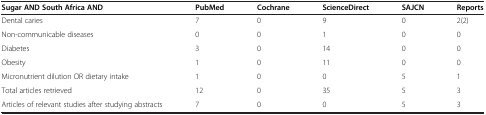
<table><thead><tr><td><b>Sugar AND South Africa AND</b></td><td><b>PubMed</b></td><td><b>Cochrane</b></td><td><b>ScienceDirect</b></td><td><b>SAJCN</b></td><td><b>Reports</b></td></tr></thead><tbody><tr><td>Dental caries</td><td>7</td><td>0</td><td>9</td><td>0</td><td>2(2)</td></tr><tr><td>Non-communicable diseases</td><td>0</td><td>0</td><td>1</td><td>0</td><td>0</td></tr><tr><td>Diabetes</td><td>3</td><td>0</td><td>14</td><td>0</td><td>0</td></tr><tr><td>Obesity</td><td>1</td><td>0</td><td>11</td><td>0</td><td>0</td></tr><tr><td>Micronutrient dilution OR dietary intake</td><td>1</td><td>0</td><td>0</td><td>5</td><td>1</td></tr><tr><td>Total articles retrieved</td><td>12</td><td>0</td><td>35</td><td>5</td><td>3</td></tr><tr><td>Articles of relevant studies after studying abstracts</td><td>7</td><td>0</td><td>0</td><td>5</td><td>3</td></tr></tbody></table>